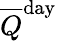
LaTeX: {\overline{{Q}}}^{\mathrm{day}}